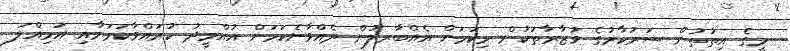
މީގެ އިތުތުން ސަރުކާރުގެ ވުޒާރާތަކުން މިކަމަށް އެއްބާރލުން ދެއްވާނެކަމަށް އުއްމީދު ކުރައްވާކަމަށާއި އަމިއްލަ